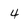
Character: 4